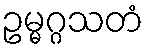
ဥမ္မဂ္ဂသတံ